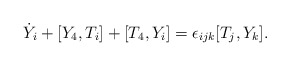
\begin{align*}\dot{Y}_i+[Y_4, T_i]+[T_4,Y_i]=\epsilon_{ijk}[T_j, Y_k].\end{align*}